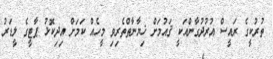
ތުރުކީގެ ރައީސް އުރުދުގާންއަކީ ޤައުމަށް ޚިޔާނާތްތެރިވި މީހެއް ކަމަށް އިދިކޮޅު ޕާޓީގެ ލީޑަރު